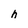
Character: h